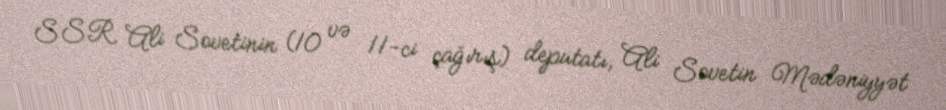
SSR Ali Sovetinin (10 və 11-ci çağırış) deputatı, Ali Sovetin Mədəniyyət